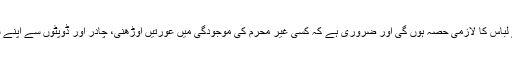
اس طرح اوڑھنیاں، چادریں، پلو اور ڈوپٹہ خواتین کے لباس کا لازمی حصہ ہوں گی اور ضروری ہے کہ کسی غیر محرم کی موجودگی میں عورتیں اوڑھنی، چادر اور ڈوپٹوں سے اپنے سر اور کمر کے ساتھ اپنے گریبانوں کو بھی چھپائیں۔